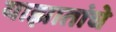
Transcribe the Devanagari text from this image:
याझातांचे